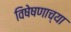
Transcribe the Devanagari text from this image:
विषेषणाच्या